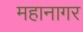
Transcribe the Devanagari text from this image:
महानागर